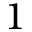
1